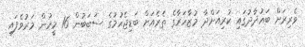
ވެރިރަށް ބަޣުދާދުގައި ކުރިއަށްދާ މުޒާހަރާގެ ތެރެއަށް ބަޑިޖެހުމުގެ ސަބަބުން 16 މީހުން މަރުވެފައި